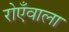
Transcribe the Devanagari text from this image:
रोएँवाला